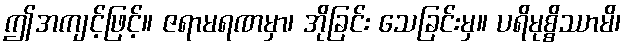
ဤအကျင့်ဖြင့်။ ဇရာမရဏမှာ၊ အိုခြင်း သေခြင်းမှ။ ပရိမုစ္စိဿာမိ၊